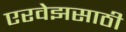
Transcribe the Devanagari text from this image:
एरवेझसाठी